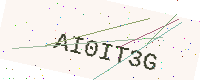
Text: AI0IT3G